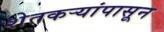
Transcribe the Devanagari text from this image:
शेतकऱ्यांपासून